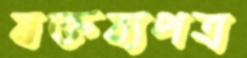
বক্তব্যপত্র